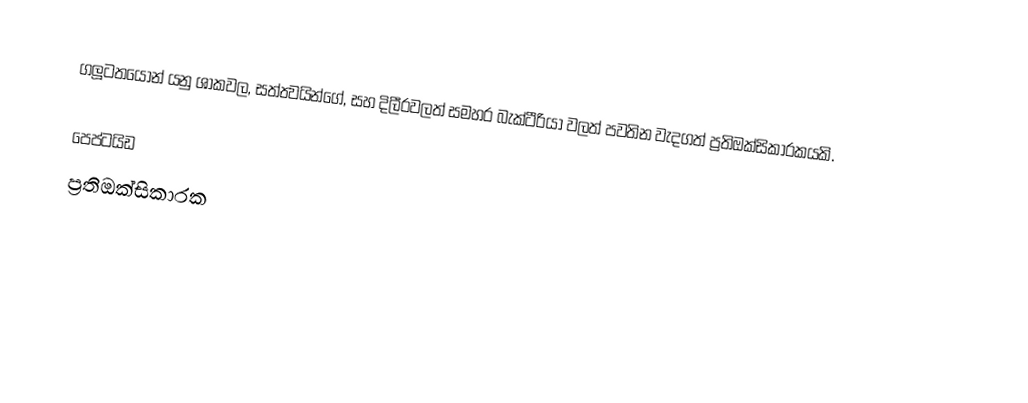
ග‍්ලූටතයෝන් යනු ශාකවල, සත්ත්‍වයින්ගේ, සහ දිලීරවලත් සමහර බැක්ටීරියා වලත් පවතින වැදගත් ප්‍රතිඔක්සිකාරකයකි.

පෙප්ටයිඩ
ප්‍රතිඔක්සිකාරක